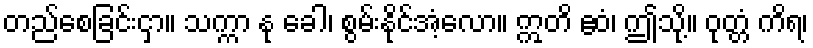
တည်စေခြင်းငှာ။ သက္ကာ နု ခေါ၊ စွမ်းနိုင်အံ့လော။ ဣတိ ဧဝံ၊ ဤသို့။ ဝုတ္တံ ကိရ၊